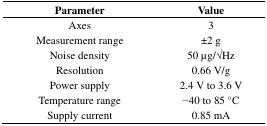
| Parameter | Value |
 | --- | --- |
 | Axes | 3 |
 | Measurement range | ±2 g |
 | Noise density | 50 μg/√Hz |
 | Resolution | 0.66 V/g |
 | Power supply | 2.4 V to 3.6 V |
 | Temperature range | −40 to 85 °C |
 | Supply current | 0.85 mA |